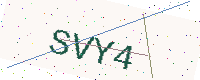
Text: SVY4